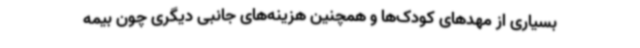
بسیاری از مهدهای کودک‌ها و همچنین هزینه‌های جانبی دیگری چون بیمه